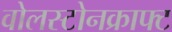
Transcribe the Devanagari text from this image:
वोलस्टोनक्राफ्ट